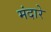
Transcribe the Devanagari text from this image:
मंदारे